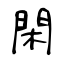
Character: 閑